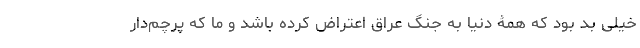
خیلی بد بود که همۀ دنیا به جنگ عراق اعتراض کرده باشد و ما که پرچم‌دار